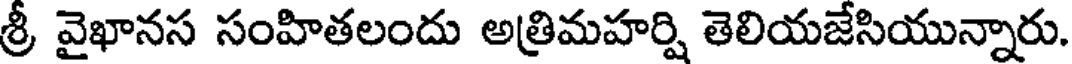
శ్రీ వైఖానస సంహితలందు అత్రిమహర్షి తెలియజేసియున్నారు.